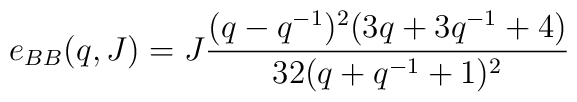
e_{BB} (q,J) = J \frac{(q - q^{-1})^2 (3q + 3q^{-1}+ 4)}{32 (q + q^{-1} + 1)^2}